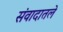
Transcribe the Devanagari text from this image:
संवादातले